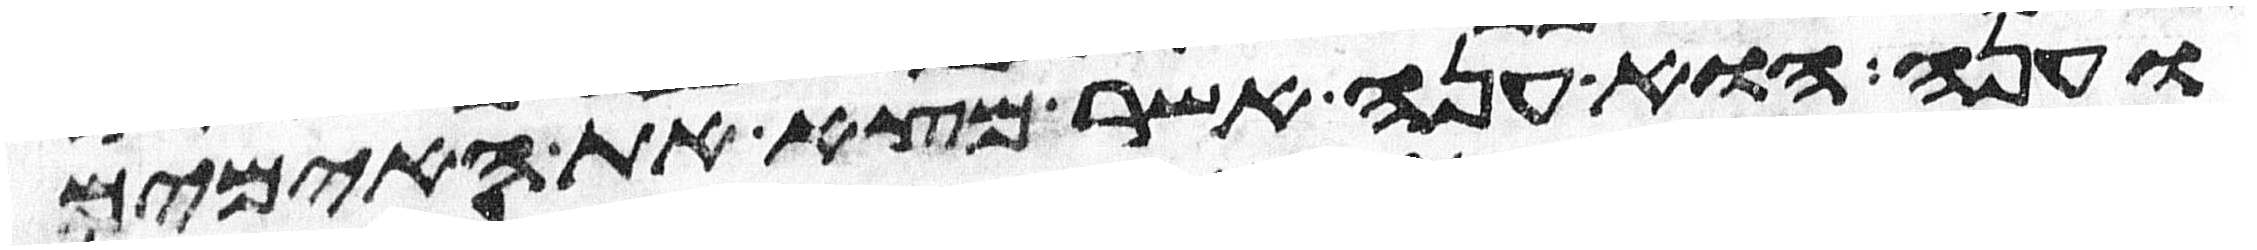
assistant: וענה הוא ענה אשר מצא את האימים